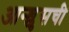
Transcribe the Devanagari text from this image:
आन्श्लुसची